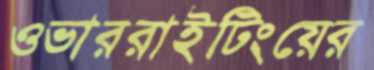
ওভাররাইটিংয়ের